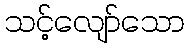
သင့်လျော်သော